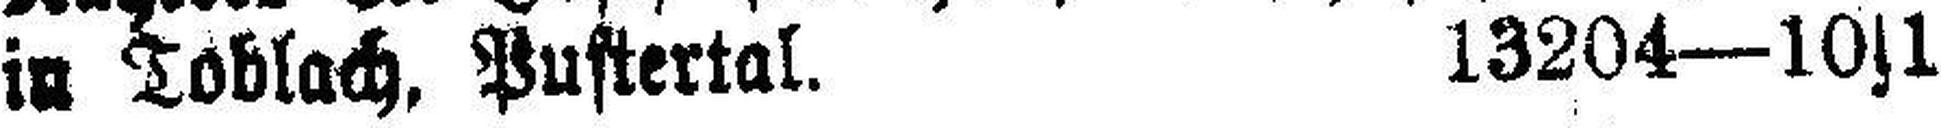
in Toblach, Pustertal. 13204—10s1